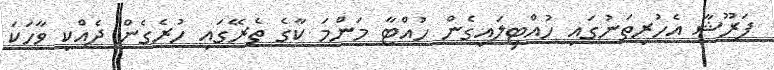
ފަރޫޝާ އެހުރިތަނުގައި ހުއްޓިލައިގެން ހުއްޓާ މަންމަ ކާގެ ތެރޭގައި ހުރެގެން ދެއްކި ވާހަކަ